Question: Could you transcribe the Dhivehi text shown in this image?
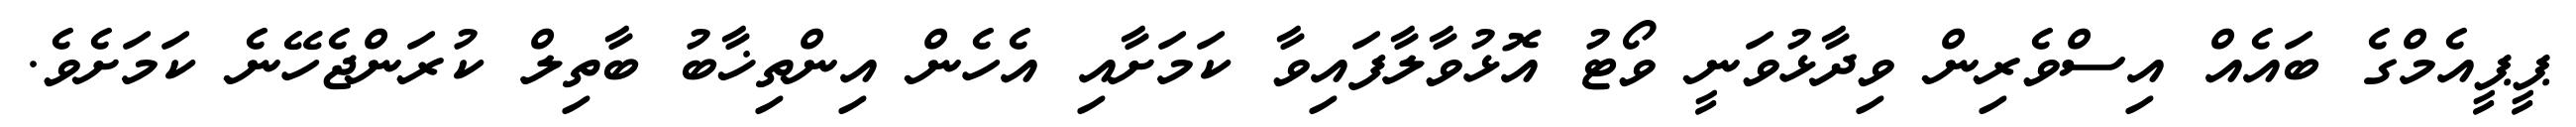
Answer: ޕީޕީއެމްގެ ބައެއް އިސްވެރިން ވިދާޅުވަނީ ވޯޓު އޮޅުވާލާފައިވާ ކަމަށާއި އެހެން އިންތިޚާބު ބާތިލް ކުރަންޖެހޭނެ ކަމަށެވެ.